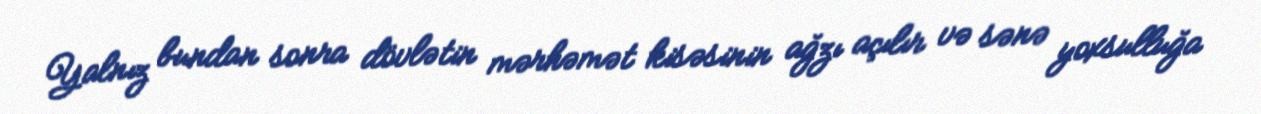
Yalnız bundan sonra dövlətin mərhəmət kisəsinin ağzı açılır və sənə yoxsulluğa